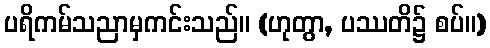
ပရိကမ်သညာမှကင်းသည်။ (ဟုတွာ, ပဿတိ၌ စပ်။)